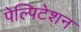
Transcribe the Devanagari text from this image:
पेल्पिटेशन